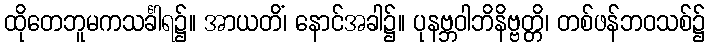
ထိုတေဘူမကသင်္ခါရ၌။ အာယတိံ၊ နောင်အခါ၌။ ပုနဗ္ဘဝါဘိနိဗ္ဗတ္တိ၊ တစ်ဖန်ဘဝသစ်၌